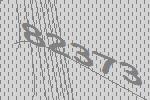
82373